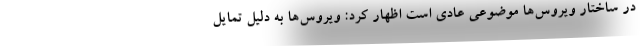
در ساختار ویروس‌ها موضوعی عادی است اظهار کرد: ویروس‌ها به دلیل تمایل